Materia medica of Madras volume I
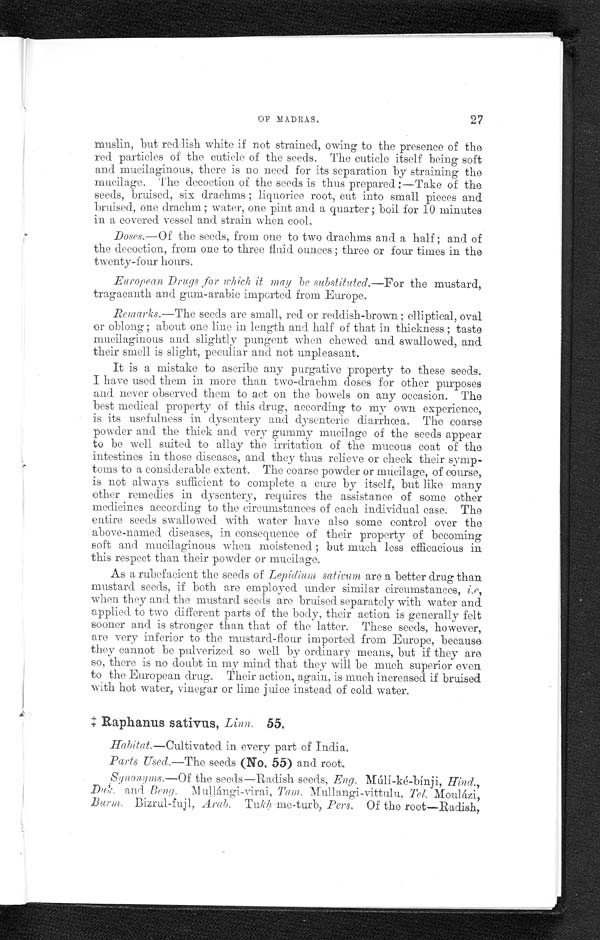
OF MADRAS.
27
muslin, but reddish white if not strained, owing to the presence of the
red particles of the cuticle of the seeds. The cuticle itself being soft
and mucilaginous, there is no need for its separation by straining the
mucilage. The decoction of the seeds is thus prepared :—Take of the
seeds, bruised, six drachms ; liquorice root, cut into small pieces and
bruised, one drachm ; water, one pint and a quarter ; boil for 10 minutes
in a covered vessel and strain when cool.
Doses.—Of the seeds, from one to two drachms and a half ; and of
the decoction, from one to three fluid ounces ; three or four times in the
twenty-four hours.
European Drugs for which it may be substituted.—For the mustard,
tragacanth and gum-arabic imported from Europe,
Remarks.—The seeds are small, red or reddish-brown; elliptical, oval
or oblong; about one line in length and. half of that in thickness ; taste
mucilaginous and slightly pungent when chewed and swallowed, and
their smell is slight, peculiar and not unpleasant.
It is a mistake to ascribe any purgative property to these seeds.
I have used them in more than two-drachm doses for other purposes
and never observed them to act on the bowels on any occasion. The
best medical property of this drug, according to my own experience,
is its usefulness in dysentery and dysenteric diarrhœa. The coarse
powder and the thick and very gummy mucilage of the seeds appear
to be well suited to allay the irritation of the mucous coat of the
intestines in those diseases, and they thus relieve or check their symp--
toms to a considerable extent. The coarse powder or mucilage, of course,
is not always sufficient to complete a cure by itself, but like many
other remedies in dysentery, requires the assistance of some other
medicines according to the circumstances of each individual case. The
entire seeds swallowed with water have also some control over the
above-named diseases, in consequence of their property of becoming
soft and mucilaginous when moistened ; but much less efficacious in
this respect than their powder or mucilage.
As a rubefacient the seeds of Lepidium sativum are a better drug than
mustard seeds, if both are employed under similar circumstances, i.e,
when they and the mustard seeds are bruised. separately with water and
applied to two different parts of the body, their action is generally felt
sooner and is stronger than that of the latter. These seeds, however,
are very inferior to the mustard-flour imported from Europe, because
they cannot be pulverized so well by ordinary means, but if they are
so, there is no doubt in my mind that they will be much superior even
t o t he European drug. Thei r act i on, agai n, i s much i ncreased i f brui sed
with hot water, vinegar or lime juice instead of cold water.
‡ R a p h a n u s s a t i v u s ,
L i n n .
5 5 .
Habitat.—Cultivated in every part of India.
Parts Used.—The seeds (No. 55) and root.
Synonyms.—Of the seeds—Radish seeds, Eng. Múlí-ké-bínji Hind.,
Duk. and Beng. Mullángi-virai,
Tam.
M u l l a n g i - v i t t u l u , T e l .
M o u l á z i , B u r m . B i z r u l - f u j l ,A
r a b .
T u k h m e - t u r b ,
P e r s .
O f t h e r o o t — R a d i s h ,